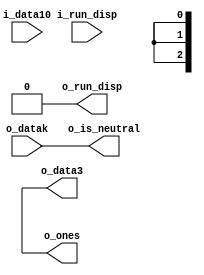
module decoder_3b4b (
    input   wire    [3:0]   i_data10,
    input   wire            o_datak,    //1=corresponding i_data bytes is a k character
    output  reg     [2:0]   o_data3,
    output  wire            o_is_neutral,
    output  wire    [2:0]   o_ones,
    input   wire            i_run_disp,
    output  wire            o_run_disp
);


//_____________________________________________________________________________
//Declarations

    wire                    k28neg;
    wire                    k28pos;
    wire                    kneg;
    wire                    kpos;


//_____________________________________________________________________________
//Main Body of code


    //Decode the top 3 bits from the top 4 bits of the 10 bit input
    always @*
    case(i_data10[9:6])
        4'b0000:    o_data3 =   3'b111;
        4'b0001:    o_data3 =   3'b111;
        4'b0010:    o_data3 =   3'b000;
        4'b0011:    o_data3 =   3'b011;
        4'b0100:    o_data3 =   &(~i_data10[5:2])?   3'b011:3'b100;
        4'b0101:    o_data3 =   &(~i_data10[5:2])?   3'b010:3'b101;
        4'b0110:    o_data3 =   &(~i_data10[5:2])?   3'b001:3'b110;
        4'b0111:    o_data3 =   &(~i_data10[5:2])?   3'b000:3'b111;
        4'b1000:    o_data3 =   3'b111;
        4'b1001:    o_data3 =   &(~i_data10[5:2])?   3'b110:3'b001;
        4'b1010:    o_data3 =   &(~i_data10[5:2])?   3'b101:3'b010;
        4'b1011:    o_data3 =   3'b100;
        4'b1100:    o_data3 =   3'b011;
        4'b1101:    o_data3 =   3'b000;
        4'b1110:    o_data3 =   3'b111;
        4'b1111:    o_data3 =   3'b000;
        default:    o_data3 =   3'bxxx;
    endcase
    

    //Decode to determine whether the lower 6 bits of the 10-bit code are
    //a k-character, and if so, what type
    assign  k28neg  =   6'b110000 == i_data10[5:0];
    
    assign  k28pos  =   6'b001111 == i_data10[5:0];
    
    assign  kneg    =   6'b000101    == i_data10[5:0]
                        || 6'b001001 == i_data10[5:0]
                        || 6'b010001 == i_data10[5:0]
                        || 6'b100001 == i_data10[5:0];
    
    assign  kpos    =   6'b111010    == i_data10[5:0]   
                        || 6'b110110 == i_data10[5:0]
                        || 6'b101110 == i_data10[5:0]
                        || 6'b011110 == i_data10[5:0];


    //Decode the upper 4-bits to search for k-characters
    always @*
    case(i_data10[9:6])
        4'b0000:    o_datak =   1'b0;   
        4'b0001:    o_datak =   k28pos||kpos;       
        4'b0010:    o_datak =   k28pos;  
        4'b0011:    o_datak =   k28neg; 
        4'b0100:    o_datak =   k28pos; 
        4'b0101:    o_datak =   k28pos||k28neg; 
        4'b0110:    o_datak =   k28pos||k28neg;  
        4'b0111:    o_datak =   1'b0;  
        4'b1000:    o_datak =   1'b0; 
        4'b1001:    o_datak =   k28pos||k28neg; 
        4'b1010:    o_datak =   k28pos||k28neg;  
        4'b1011:    o_datak =   k28neg;    
        4'b1100:    o_datak =   k28pos; 
        4'b1101:    o_datak =   k28neg; 
        4'b1110:    o_datak =   k28neg||kneg; 
        4'b1111:    o_datak =   1'b0;    
        default:    o_datak =   1'bx;   //Illegal 
    endcase
    
    
    //Count the number of ones in the 4-bit code 
    assign  o_ones  =   i_data10[9] + i_data10[8]+i_data10[7]+i_data10[6];
    
    //Assert neutral if the number of ones is 2, indicating equal ones and zeros
    assign  o_is_neutral    =   o_ones == 3'd2;
    
    //Set running disparity positive if there are more ones than zeros, to negative
    //if there are fewer ones than zeros, and to the previous value if the number
    //of ones and zeros is equal
    assign  o_run_disp  =   (o_ones > 3'd2)?    1'b1:
                            o_is_neutral?       i_run_disp:
                                                1'b0;  


endmodule